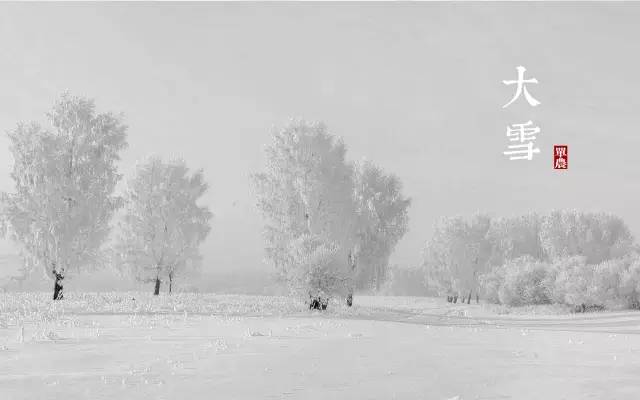
霰雪纷其无垠兮，云霏霏而承宇。